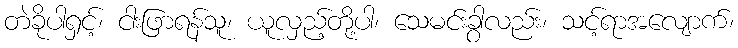
တဲခိုပါရှင့်၊ ငါးဖြာရန်သူ၊ ယူလှည့်တို့ပါ၊ သေမင်းခွါလည်း၊ သင့်ရာအလျောက်၊